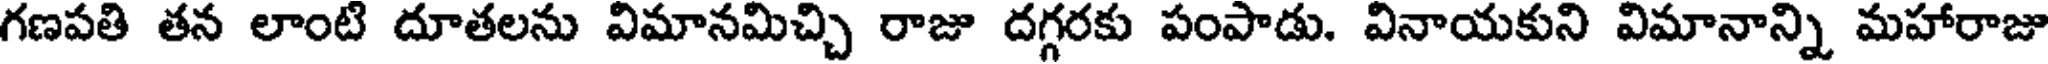
గణపతి తన లాంటి దూతలను విమానమిచ్చి రాజు దగ్గరకు పంపాడు. వినాయకుని విమానాన్ని మహారాజు